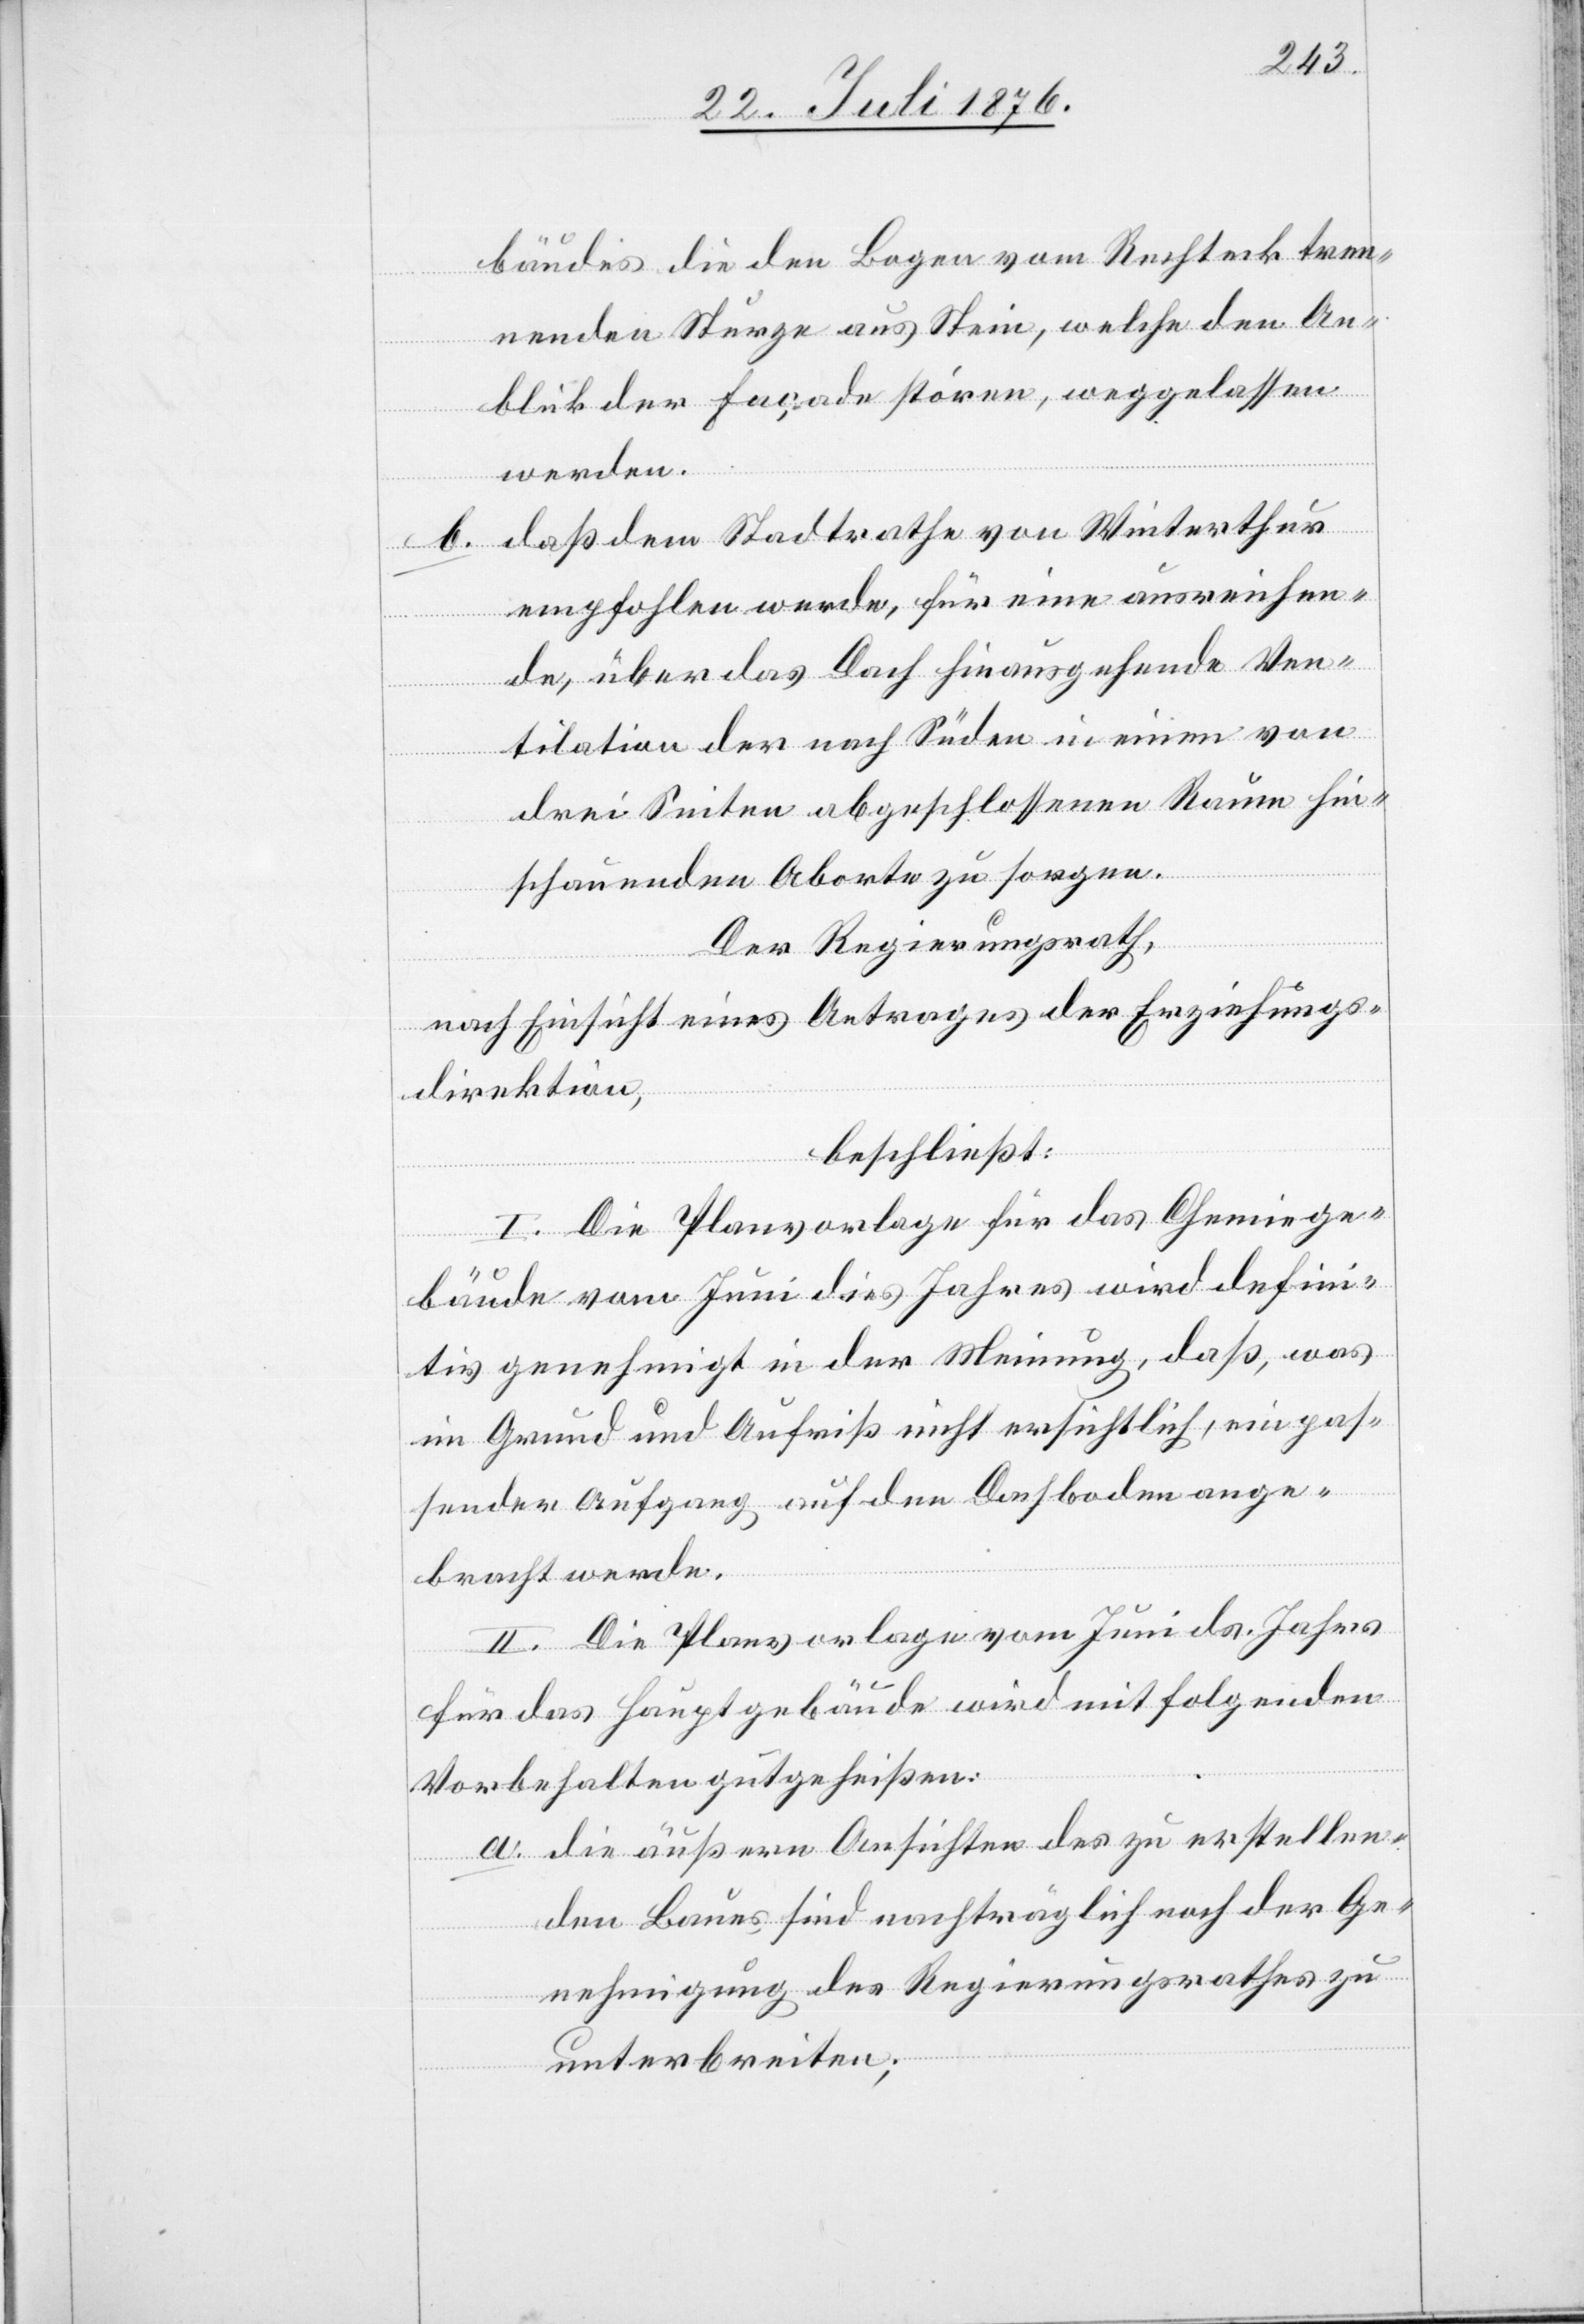
bäudes die den Bogen vom Rechteck tren¬
nenden Sturze aus Stein, welche den An¬
blick der Façade stören, weggelassen
werden.
daß dem Stadtrathe von Winterthur
empfohlen werde, für eine ausreichen¬
de, über das Dach hinausgehende Ven¬
tilation der nach Süden in einen von
drei Seiten abgeschlossenen Raum hin¬
schauenden Aborte zu sorgen.
Der Regierungsrath,
nach Einsicht eines Antrages der Erziehungs¬
direktion,
beschließt:
I. Die Planvorlage für das Chemiege¬
bäude vom Juni dies Jahres wird defini¬
tiv genehmigt in der Meinung, daß, was
im Grund und Aufriß nicht ersichtlich, ein pas¬
sender Aufgang auf den Dachboden ange¬
bracht werde.
II. Di Planvorlage vom Juni ds. Jahres
für das Hauptgebäude wird mit folgenden
Vorbehalten gutgeheißen:
a. die äußern Ansichten des zu erstellen¬
den Baues sind nachträglich noch der Ge¬
nehmigung des Regierungsrathes zu
unterbreiten;